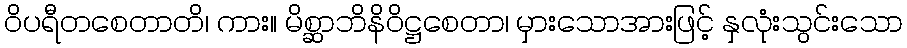
ဝိပရီတစေတာတိ၊ ကား။ မိစ္ဆာဘိနိဝိဋ္ဌစေတာ၊ မှားသောအားဖြင့် နှလုံးသွင်းသော